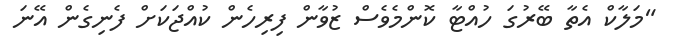
"މަލާކް އެތާ ބޭރުގަ ހުއްޓާ ކޮންމެވެސް ޒުވާން ފިރިހެން ކުއްޖަކަށް ފެނިގެން އޭނަ